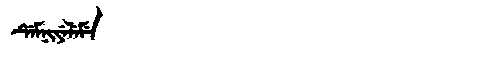
Manchu: ᡩᡝᠮᠨᡳᠶᡝᠯᡝᠮᡝ
Romanization: DEMNIYELEME